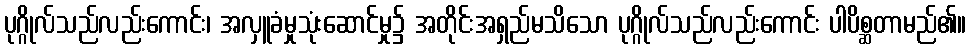
ပုဂ္ဂိုလ်သည်လည်းကောင်း၊ အလှူခံမှုသုံးဆောင်မှု၌ အတိုင်းအရှည်မသိသော ပုဂ္ဂိုလ်သည်လည်းကောင်း ပါပိစ္ဆတာမည်၏။